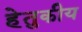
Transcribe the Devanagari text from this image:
हेतुकीय